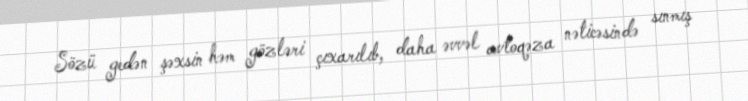
Sözü gedən şəxsin həm gözləri çıxarılıb, daha əvvəl avtoqəza nəticəsində sınmış